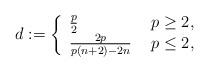
LaTeX: \begin{align*}d:=\left\{\begin{array}{ll}\frac{p}{2} & \ p \geq 2,\\\frac{2p}{p(n+2)-2n} & \ p \leq 2,\\\end{array}\right.\end{align*}